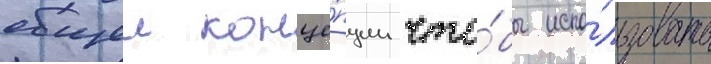
общеи конце́пции что́бы испо́льзовать